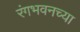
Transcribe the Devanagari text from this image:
रंगभवनच्या